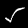
Label: 5